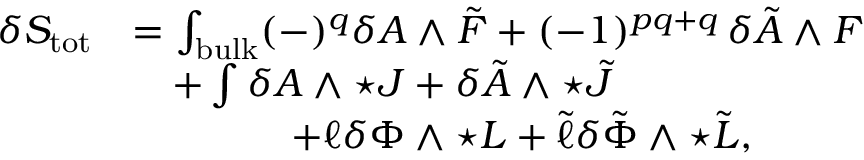
\begin{array} { r l } { \delta S _ { \mathrm { t o t } } } & { = \int _ { \mathrm { b u l k } } ( - ) ^ { q } \delta A \wedge \tilde { F } + ( - 1 ) ^ { p q + q } \, \delta \tilde { A } \wedge F } \\ & { \quad + \int \delta A \wedge \star J + \delta \tilde { A } \wedge \star \tilde { J } } \\ & { \qquad \qquad + \ell \delta \Phi \wedge \star L + \tilde { \ell } \delta \tilde { \Phi } \wedge \star \tilde { L } , } \end{array}